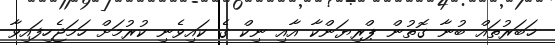
ޚަބަރުތައް ބުނާ ގޮތުން ޕްރިޔަންކާ އާއި ނިކް ގެ ކައިވެނި ކުރުމަށް ހަމަޖެހިފައިވާ